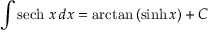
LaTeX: \int \operatorname { s e c h } \, x \, d x = \arctan \, ( \sinh x ) + C